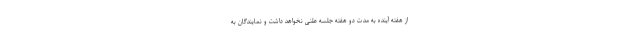
از هفته آینده به مدت دو هفته جلسه علنی نخواهد داشت و نمایندگان به